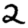
Digit: 2